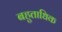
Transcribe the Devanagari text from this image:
बहुताधिक